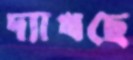
দ্যাখছে